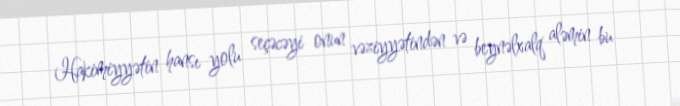
Hakimiyyətin hansı yolu seçəcəyi onun vəziyyətindən və beynəlxalq aləmin bu